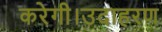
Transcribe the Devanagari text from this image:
करेगी।उदाहरण